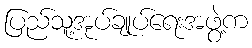
ပြည်သူ့အုပ်ချုပ်ရေးအဖွဲ့က